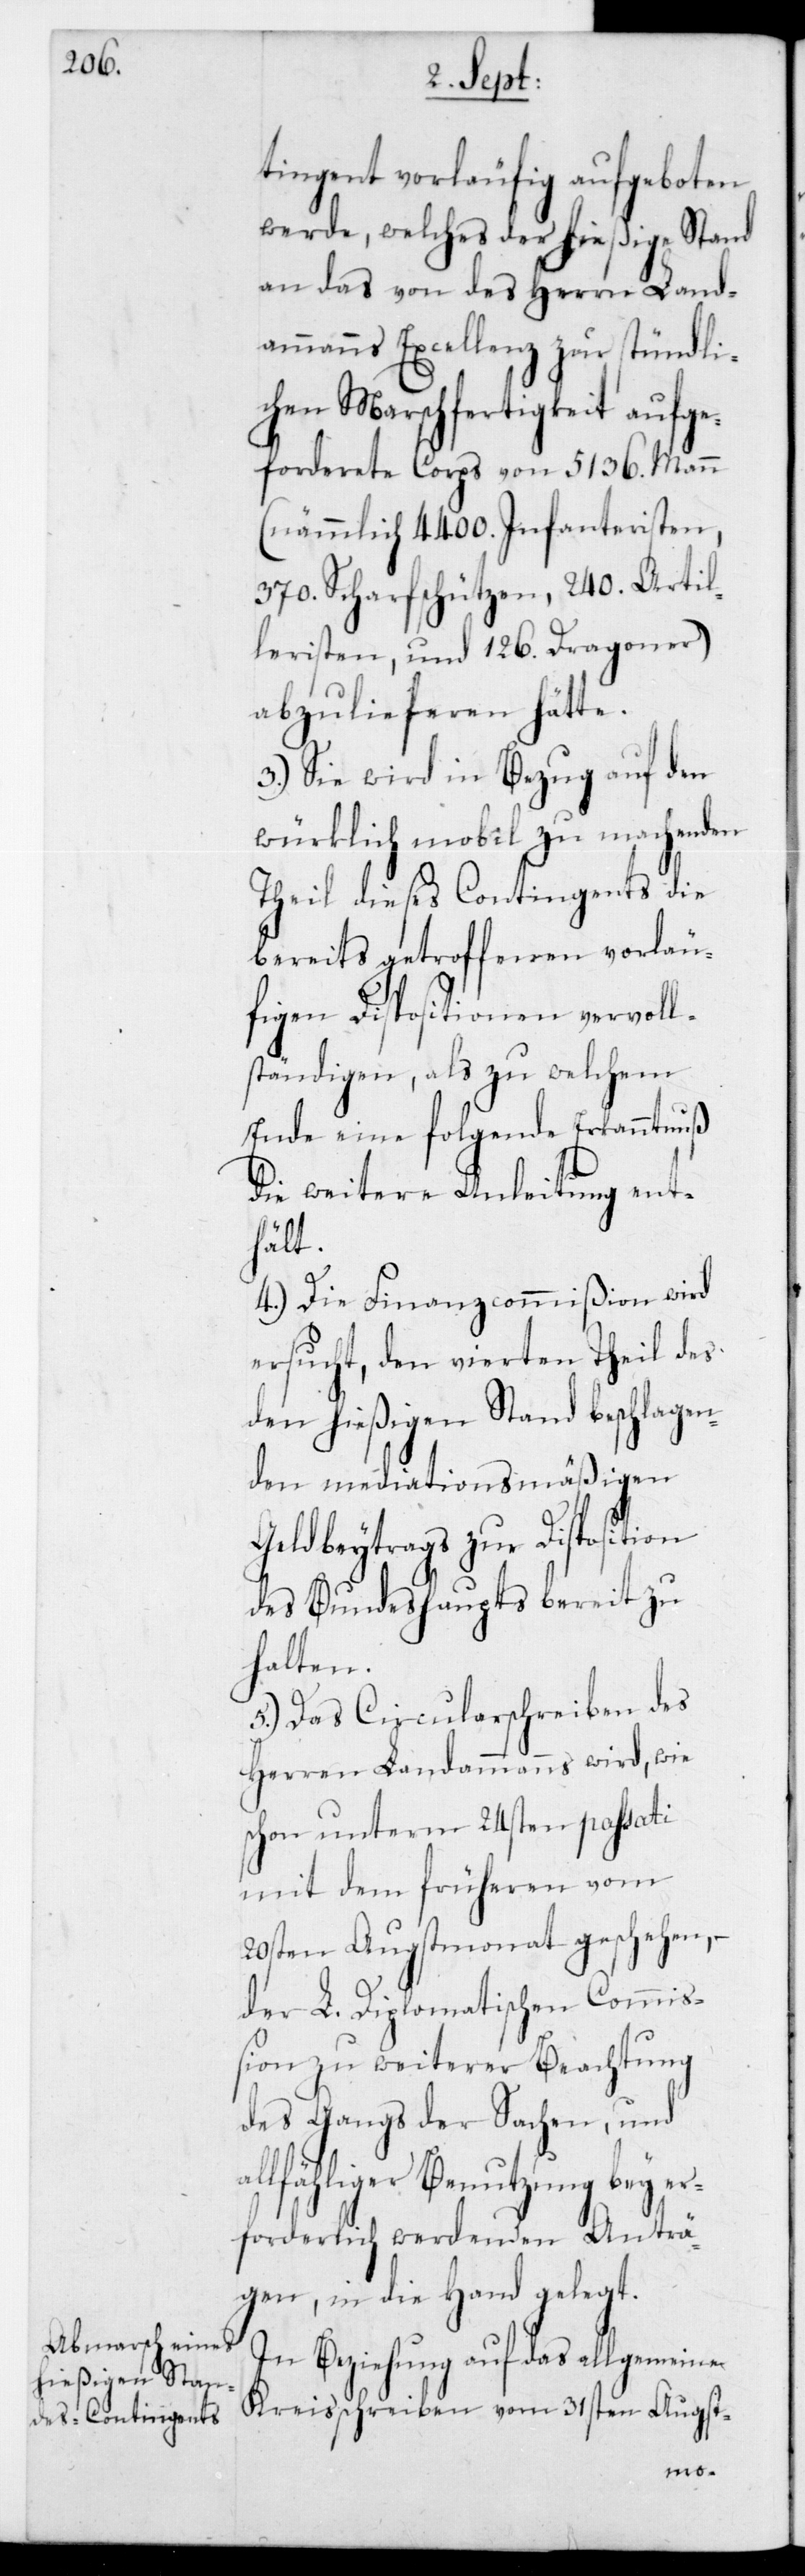
tingent vorläufig aufgeboten
werde, welches der hießigeStand
an das von des Herrn Land¬
ammanns Excellenz zur stündli¬
chen Marschfertigkeit aufge¬
forderete Corps von 5136 Mann
(nämmlich 4400 Infanteristen,
370 Scharfschützen, 240 Artil¬
leristen und 126 Dragoner)
abzulieferen hätte.
3.) Sie wird in Bezug auf den
würklich mobil zu machenden
Theil dieses Contingents die
bereits getroffenen vorläu¬
figen Dispositionen vervoll¬
ständigen, als zu welchem
Ende eine folgende Erkanntnuß
die weitere Anleitung ent¬
hält.
4.) Die Finanzcommißion wird
ersucht, den vierten Theil des
den hießigenStand beschlagen¬
den mediationsmäßigen
Geldbeytrags zur Disposition
des Bundeshaupts bereit zu
halten.
5.) Das Circularschreiben des
Herren Landammanns wird, wie
schon unterm 24sten passati
mit dem früheren vom
20sten Augstmonat geschehen, –
der L. Diplomatischen Commiß¬
ion zu weiterer Beachtung
des Gangs der Sachen, und
lfähliger Benutzung bey er¬
forderlich werdenden Anträ¬
gen, in die Hand gelegt.
In Beziehung auf das allgemeine
Kreisschreiben vom 31sten Augst-
al¬